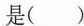
是()